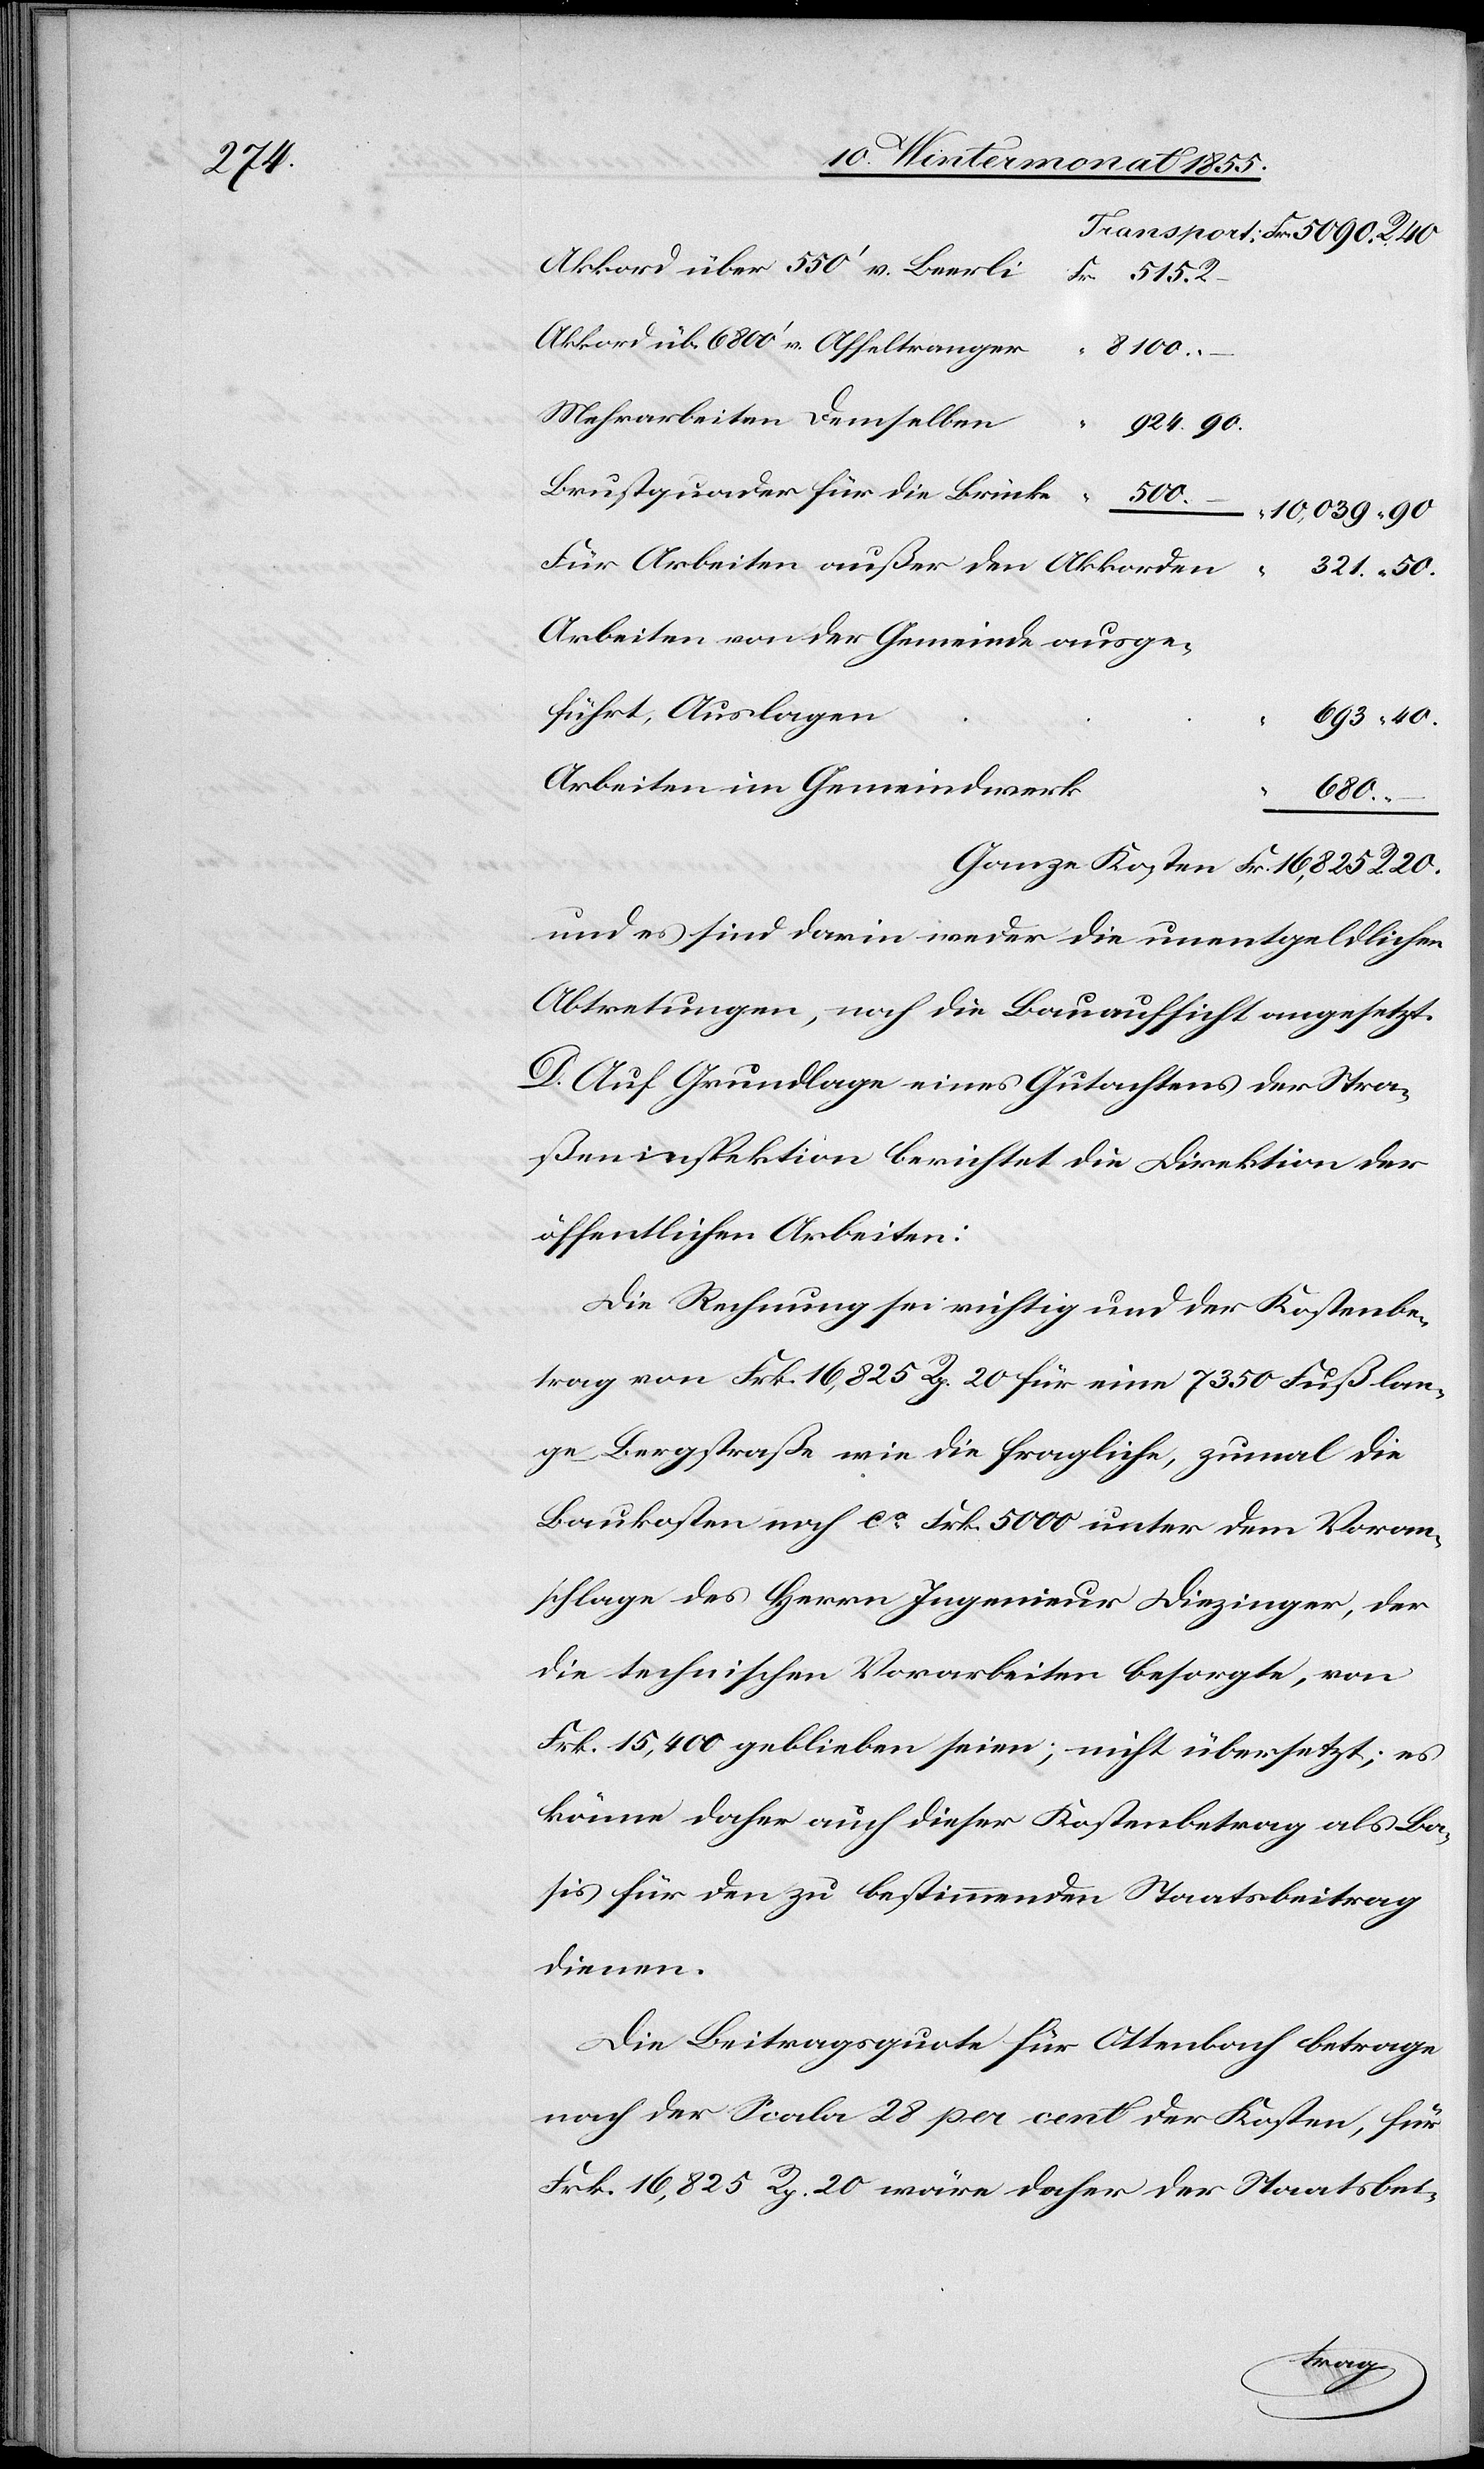
Akkord über 550‘ v. Beerli
Akkord üb. 6800‘ v. Affeltranger
Mehrarbeiten Demselben
924. 90.
Brustquader für die Brücke
500.
10,039. “ 90
Für Arbeiten außer den Akkorden
Arbeiten von der Gemeinde ausge¬
führt, Auslagen
693. “ 40.
Arbeiten im Gemeindwerk
R.
20.
und es sind darin weder die unentgeldlichen
Abtretungen, noch die Bauaufsicht angesetzt.
D. Auf Grundlage eines Gutachtens der Stra¬
ßeninspektion berichtet die Direktion der
öffentlichen Arbeiten:
Die Rechnung sei richtig und der Kostenbe¬
trag von Frk. 16,825 Rp. 20 für eine 7350 Fuß lan¬
ge Bergstraße wie die fragliche, zumal die
Baukosten noch ca. Frk. 5000 unter dem Voran¬
schlage des Herrn Ingenieur Diezinger, der
die technischen Vorarbeiten besorgte, von
Frk. 15,400 geblieben seien; nicht übersetzt; es
könne daher auch dieser Kostenbetrag als Ba¬
sis für den zu bestimmenden Staatsbeitrag
dienen.
Die Beitragsquote für Ottenbach betrage
nach der Scala 28 per cent der Kosten, für
Frk. 16,825 Rp. 20 wäre daher der Staatsbei-